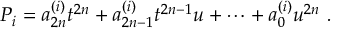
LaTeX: P _ { i } = a _ { 2 n } ^ { ( i ) } t ^ { 2 n } + a _ { 2 n - 1 } ^ { ( i ) } t ^ { 2 n - 1 } u + \cdots + a _ { 0 } ^ { ( i ) } u ^ { 2 n } \ .